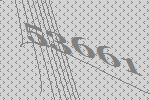
53661